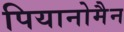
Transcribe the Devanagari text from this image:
पियानोमैन